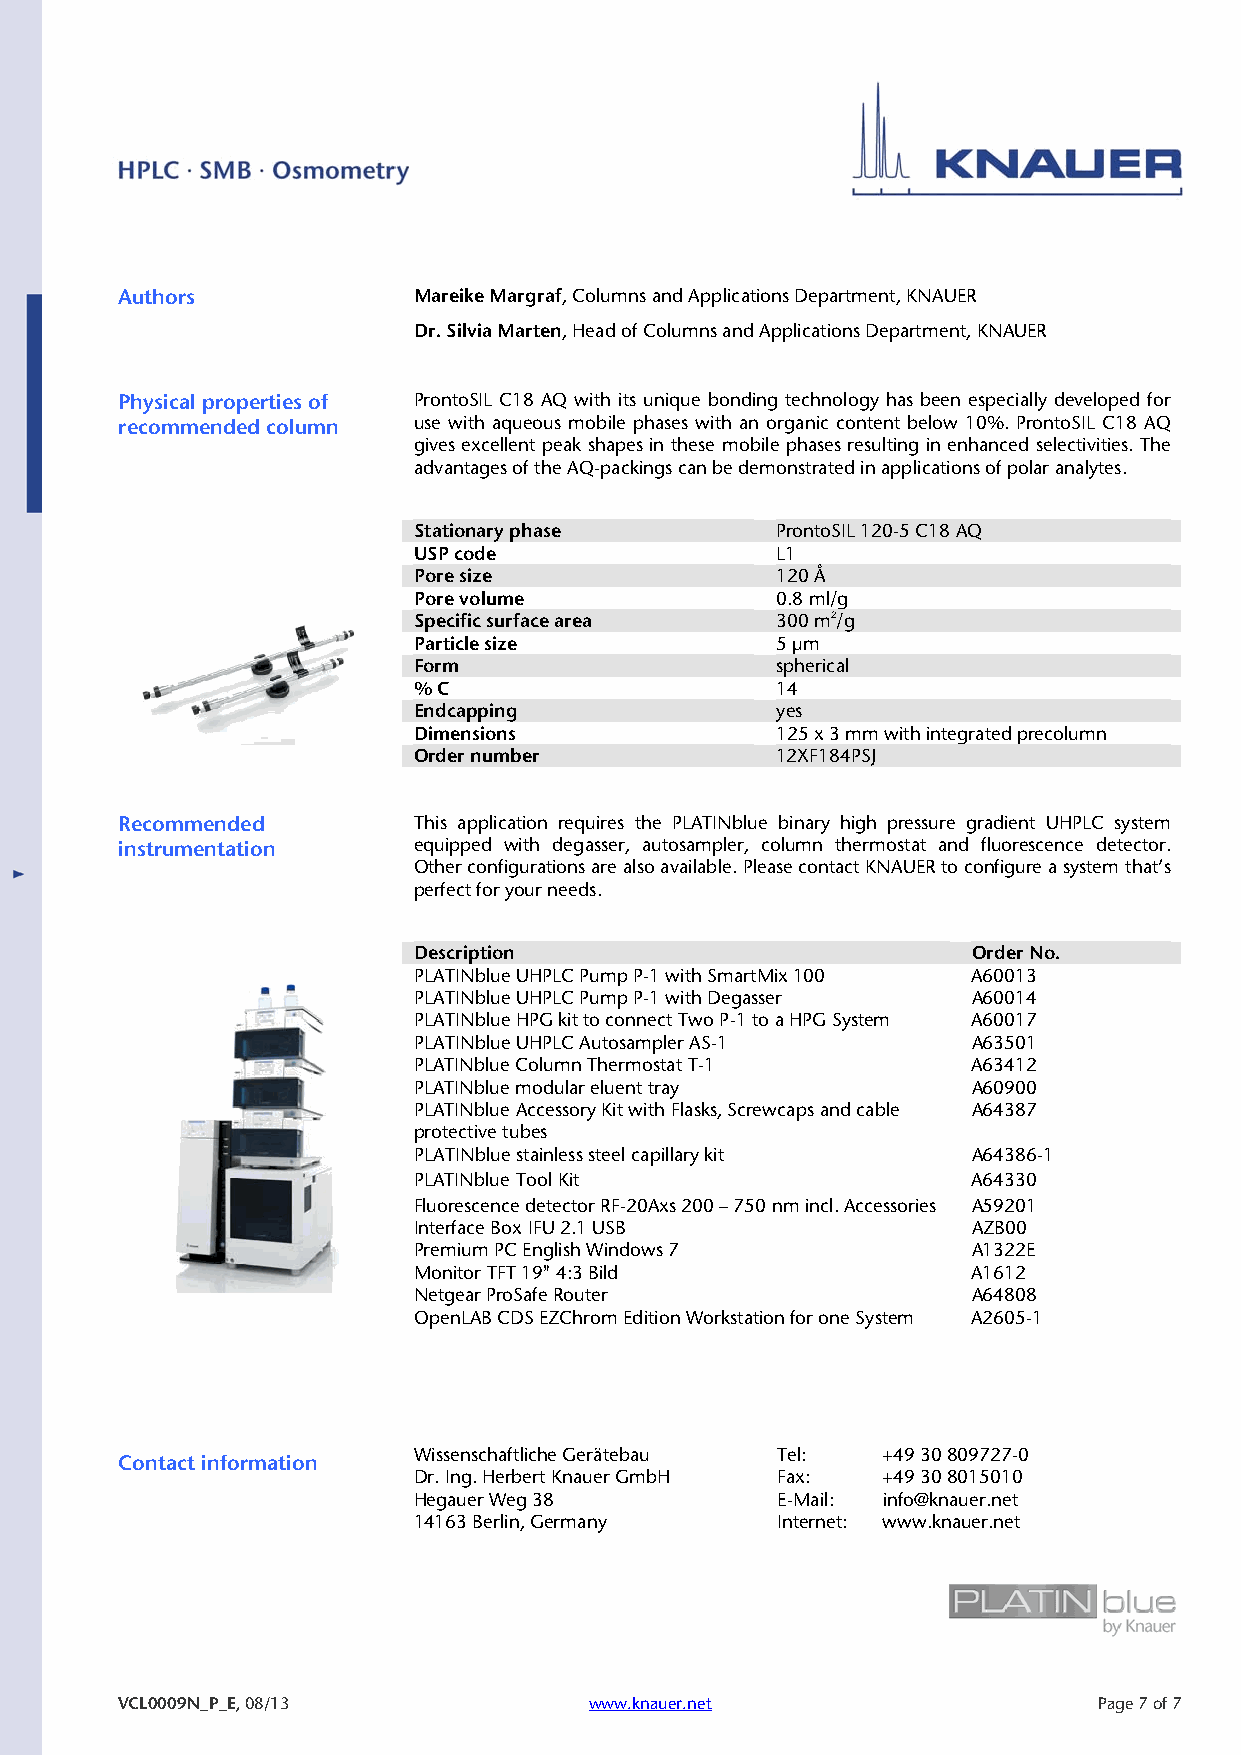
Authors            Mareike Margraf, Columns and Applications Department, KNAUER
 Dr. Silvia Marten, Head of Columns and Applications Department, KNAUER
 Physical properties of ProntoSIL C18 AQ with its unique bonding technology has been especially developed for
 recommended column use with aqueous mobile phases with an organic content below 10%. ProntoSIL C18 AQ
 gives excellent peak shapes in these mobile phases resulting in enhanced selectivities. The
 advantages of the AQ-packings can be demonstrated in applications of polar analytes.
 Stationary phase        ProntoSIL 120-5 C18 AQ
 USP code                L1
 Pore size               120 Å
 Pore volume             0.8 ml/g
 Specific surface area   300 m2/g
 Particle size           5 µm
 Form                    spherical
 % C                     14
 Endcapping              yes
 Dimensions              125 x 3 mm with integrated precolumn
 Order number            12XF184PSJ
 Recommended        This application requires the PLATINblue binary high pressure gradient UHPLC system
 instrumentation    equipped with degasser, autosampler, column thermostat and fluorescence detector.
 Other configurations are also available. Please contact KNAUER to configure a system that’s
 perfect for your needs.
 Description                          Order No.
 PLATINblue UHPLC Pump P-1 with SmartMix 100 A60013
 PLATINblue UHPLC Pump P-1 with Degasser A60014
 PLATINblue HPG kit to connect Two P-1 to a HPG System A60017
 PLATINblue UHPLC Autosampler AS-1    A63501
 PLATINblue Column Thermostat T-1     A63412
 PLATINblue modular eluent tray       A60900
 PLATINblue Accessory Kit with Flasks, Screwcaps and cable A64387
 protective tubes
 PLATINblue stainless steel capillary kit A64386-1
 PLATINblue Tool Kit                  A64330
 Fluorescence detector RF-20Axs 200 – 750 nm incl. Accessories A59201
 Interface Box IFU 2.1 USB            AZB00
 Premium PC English Windows 7         A1322E
 Monitor TFT 19" 4:3 Bild             A1612
 Netgear ProSafe Router               A64808
 OpenLAB CDS EZChrom Edition Workstation for one System A2605-1
 Wissenschaftliche Gerätebau Tel: +49 30 809727-0
 Contact information
 Dr. Ing. Herbert Knauer GmbH Fax: +49 30 8015010
 Hegauer Weg 38          E-Mail: info@knauer.net
 14163 Berlin, Germany   Internet: www.knauer.net
 VCL0009N_P_E, 08/13            www.knauer.net                    Page 7 of 7